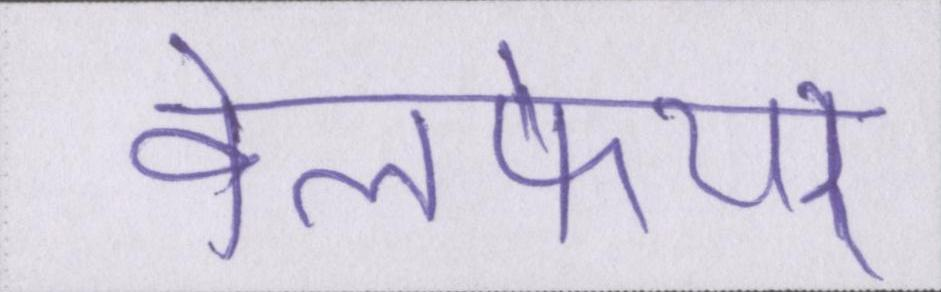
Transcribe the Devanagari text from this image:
वेलफेयर